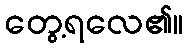
တွေ့ရလေ၏။